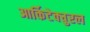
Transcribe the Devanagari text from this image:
आर्किटेक्चुरल